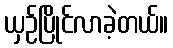
ယှဉ်ပြိုင်လာခဲ့တယ်။